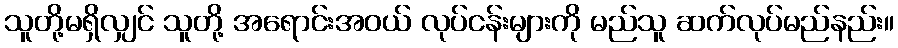
သူတို့မရှိလျှင် သူတို့ အရောင်းအဝယ် လုပ်ငန်းများကို မည်သူ ဆက်လုပ်မည်နည်း။